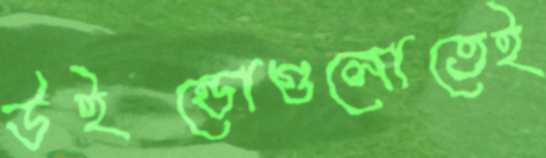
উইন্ডোগুলোতেই